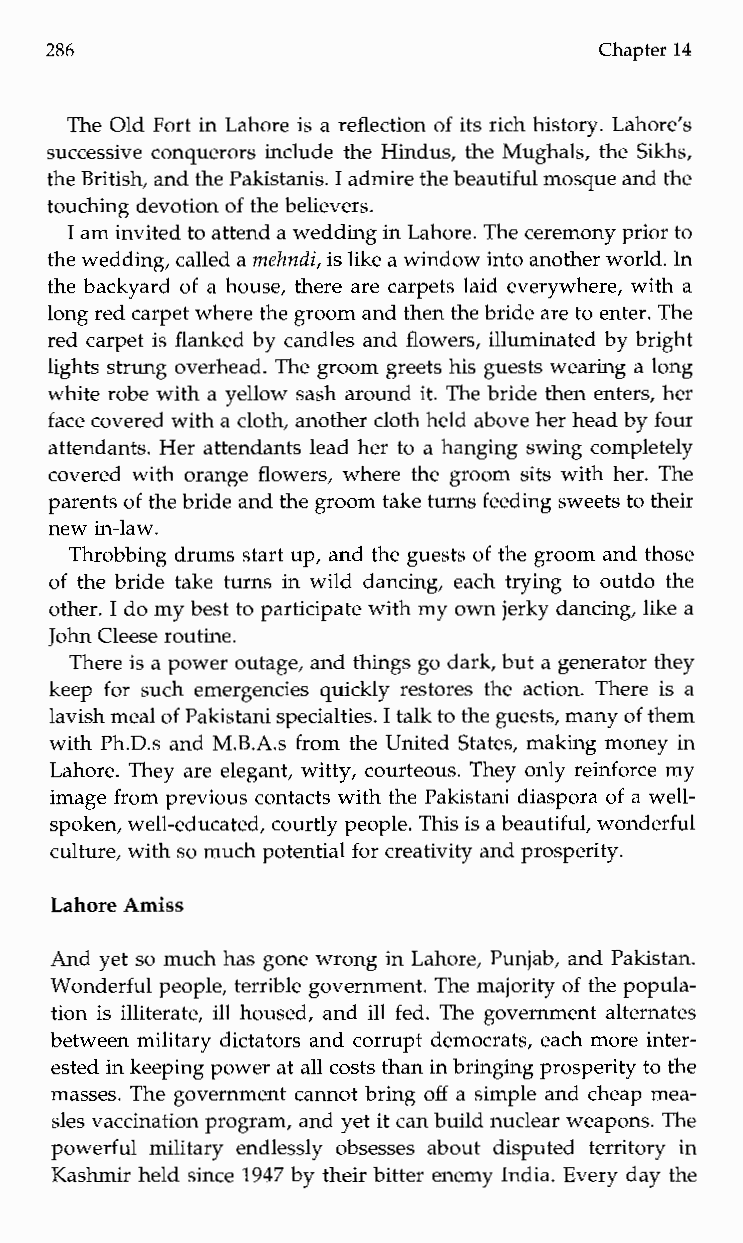
286                                  Chapter 14
 The Old Fort in Lahore is a reflection of its rich history. Lahore’s
 successive conquerors include the Hindus, the Mughals, the Sikhs,
 the British, and the Pakistanis. I admire the beautiful mosque and the
 touching devotion of the believers.
 I am invited to attend a weddingin Lahore. The ceremony prior to
 the wedding, called a mekndi, is like a window intoa nother world. In
 the backyard of a house, there are carpets laid everywhere, with a
 long red carpet where the groom and then the bride are to enter. The
 red carpet is flanked by candles and flowers, illuminated by bright
 lights strung overhead. The groom greets his guests wearing a long
 white robe with a yellow sash around it. The bride then enters, her
 face covered with a cloth, another cloth held above her head by four
 attendants. Her attendants lead her to a hanging swing completely
 covered with orange flowers, where the groom sits with her. The
 parents of the bride and the groom take turns feeding sweets to their
 new in-law.
 Throbbing drums start up, and the guests of the groom and those
 of the bride take turns in wild dancing, each trying to outdo the
 other. I do my best to participate with my own jerky dancing, like a
 John Cleese routine.
 There is a power outage, and things go dark, but a generator they
 keep for such emergencies quickly restores the action. Therei s a
 lavish meal of Pakistani specialties. I talk to the guests, many of them
 with Ph.D.s and M.B.A.s from the United States, making money in
 Lahore. They are elegant, witty, courteous. They only reinforce my
 image from previous contacts with the Pakistani diaspora of a well-
 spoken, well-educated, courtly people. This is a beautiful, wonderful
 culture, with so much potential for creativity and prosperity.
 Lahore Amiss
 And yet so much has gone wrong in Lahore, Punjab, and Pakistan.
 Wonderful people, terrible government. The majority of the popula-
 tion is illiterate, ill housed, and ill fed. The government alternates
 between military dictators and corrupt democrats, each more inter-
 ested in keeping power at all costs than in bringing prosperity to the
 masses. The government cannot bring off a simple and cheap mea-
 sles vaccination program, and yet it can build nuclear weapons. The
 powerful military endlessly obsesses aboutd isputed territory in
 Kashmir held since 1947 by their bitter enemy India. Every day the